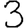
Digit: 3